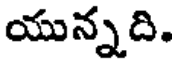
యున్నది.